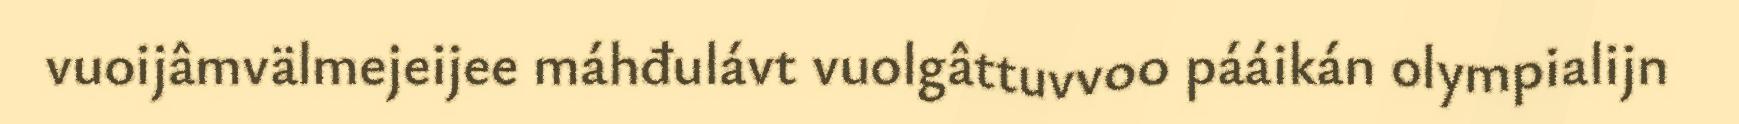
vuoijâmvälmejeijee máhđulávt vuolgâttuvvoo pááikán olympialijn